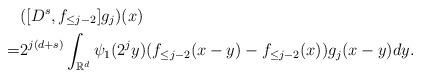
LaTeX: \begin{align*} & ([D^s, f_{\le j-2}] g_j )(x) \\ = & 2^{j(d+s)} \int_{\mathbb R^d} \psi_1(2^j y) (f_{\le j-2}(x-y) -f_{\le j-2}(x) ) g_j(x-y) dy. \end{align*}